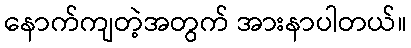
နောက်ကျတဲ့အတွက် အားနာပါတယ်။